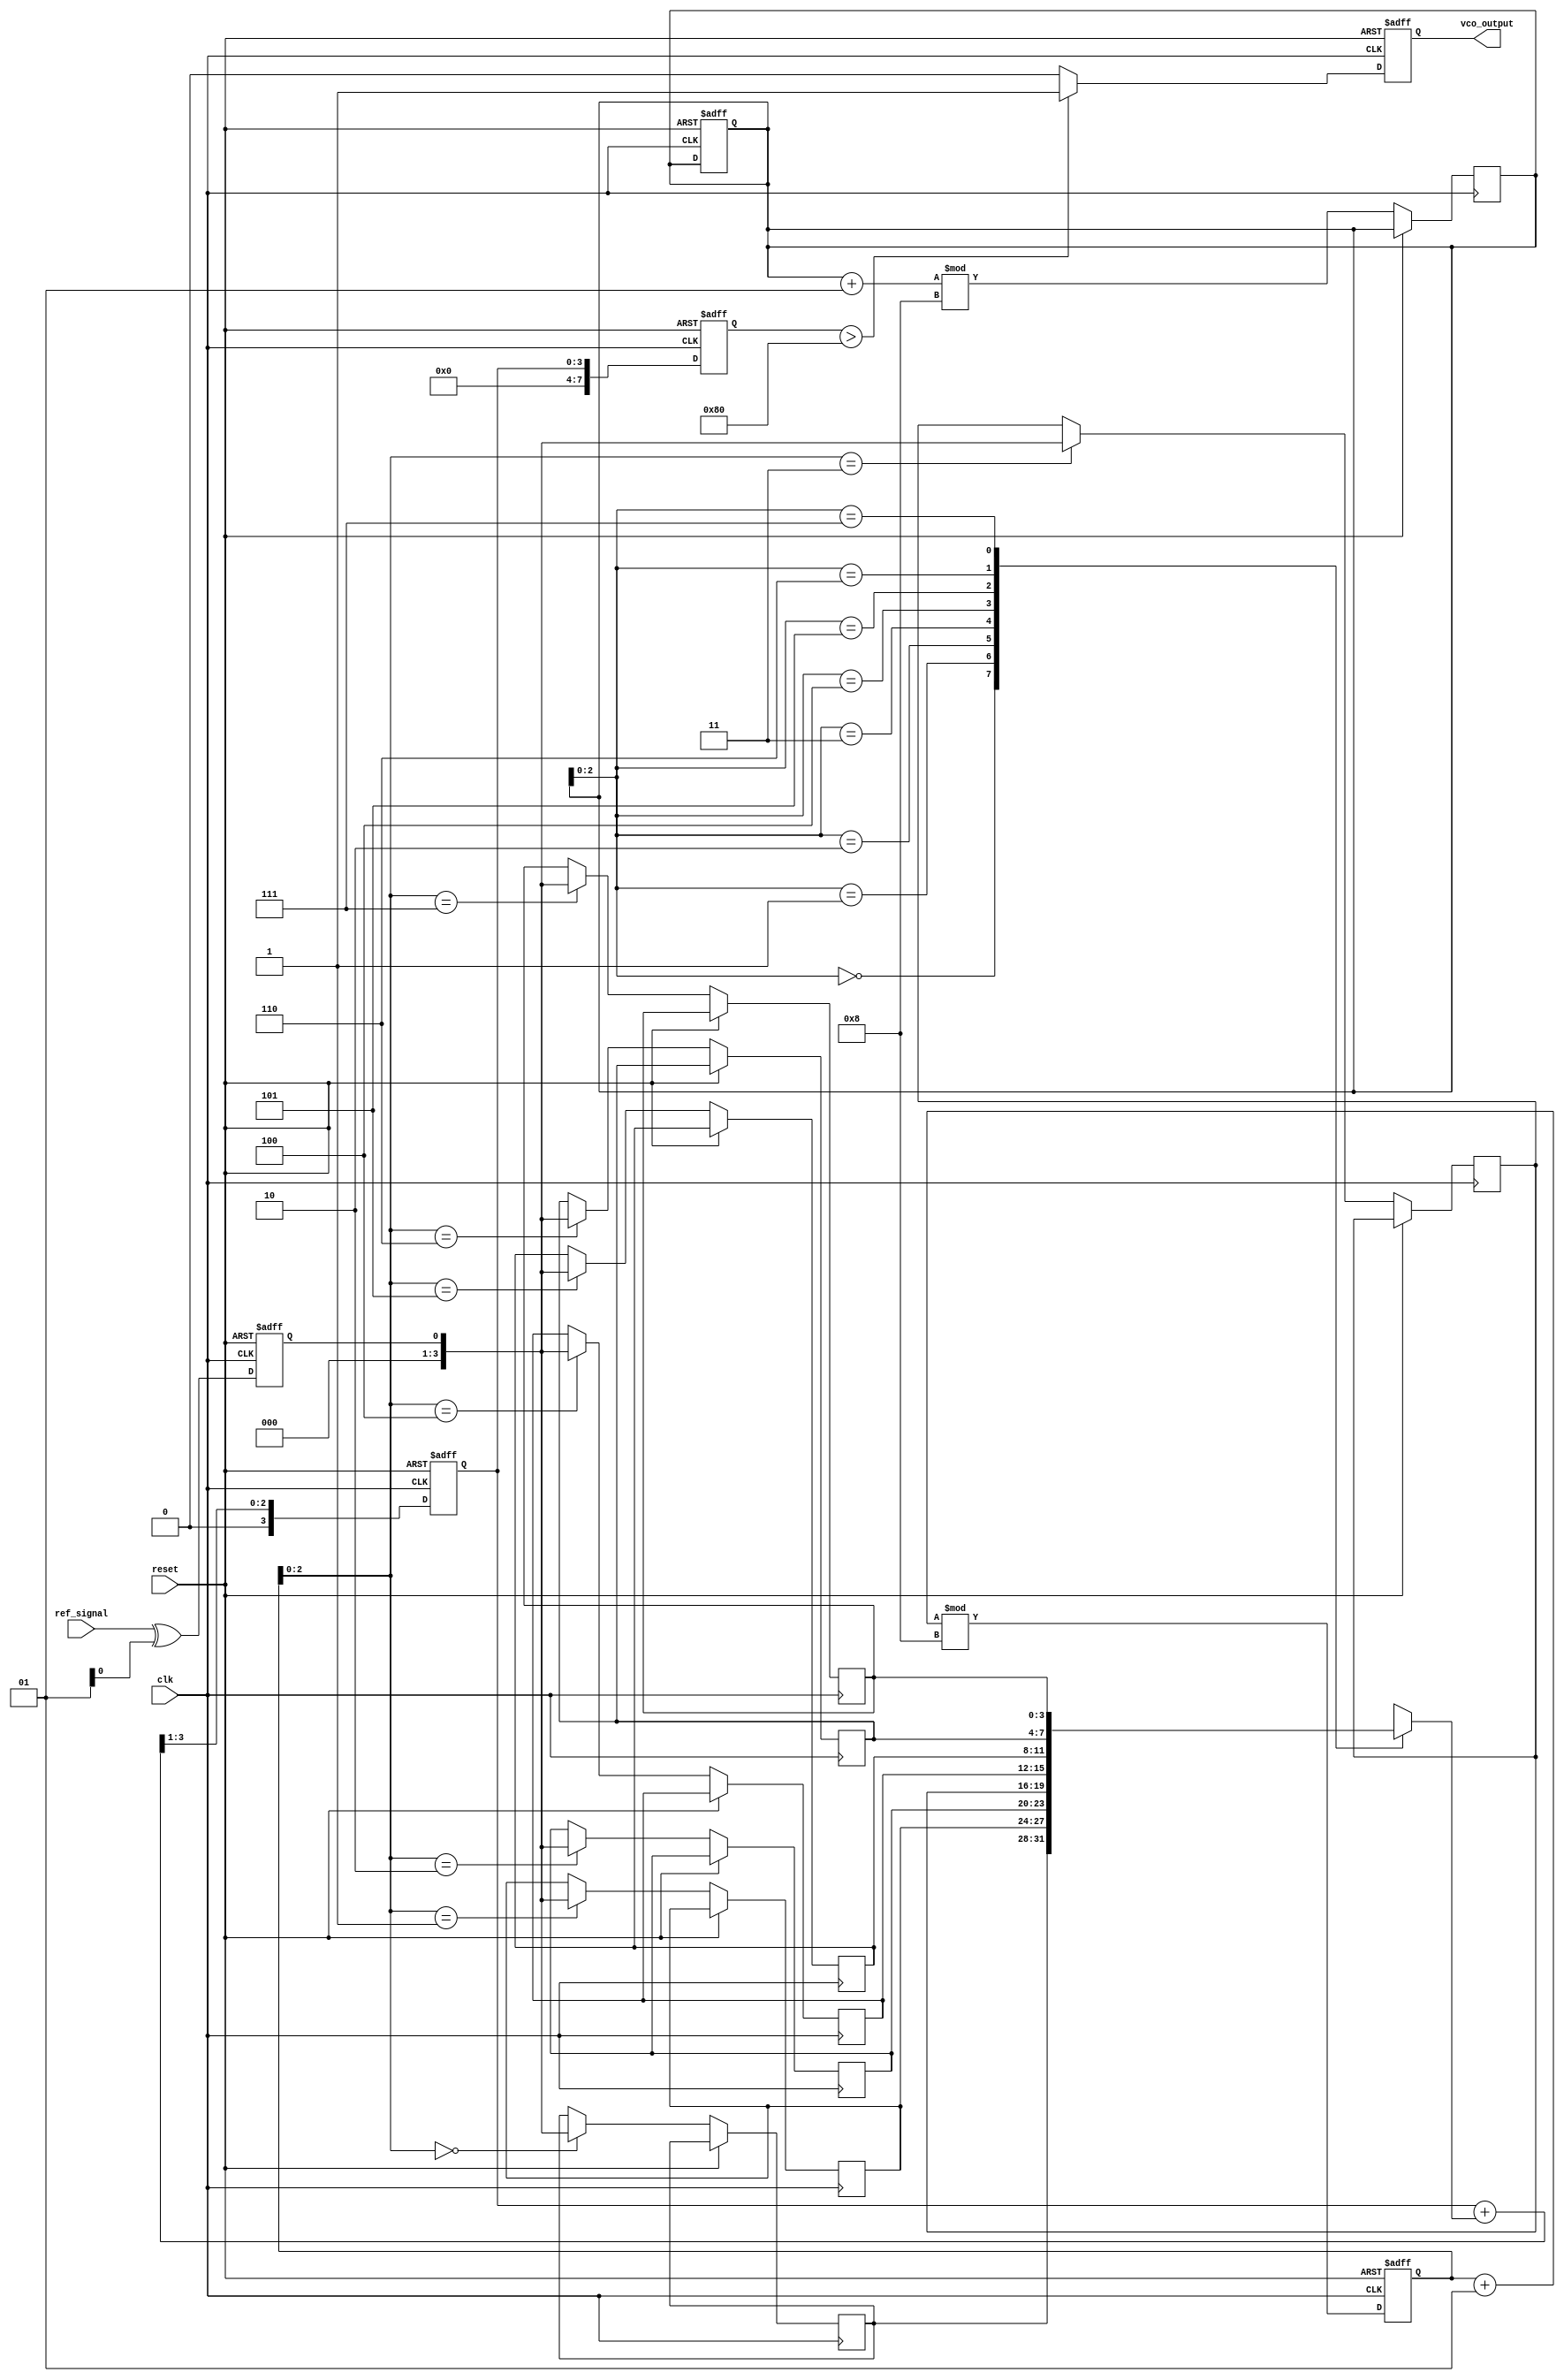
module MemoryBlocksPLL(
    input wire clk,             // Main clock
    input wire reset,           // Reset signal
    input wire ref_signal,      // Reference signal
    output reg vco_output       // Output signal from VCO
);

// Phase Detector
reg phase_error;              // Phase error signal from PD
reg feedback_signal;          // Feedback signal from VCO

always @(posedge clk or posedge reset) begin
    if (reset) begin
        phase_error <= 0;
    end else begin
        // Simple phase detector logic (XOR for demonstration)
        phase_error <= ref_signal ^ feedback_signal; // Phase error calculation
    end
end

// Memory Block (simple FIFO implementation)
parameter MEM_SIZE = 8;      // Size of memory block
reg [3:0] memory [0:MEM_SIZE-1]; // Memory array for phase error signals
integer write_ptr = 0;
integer read_ptr = 0;

always @(posedge clk or posedge reset) begin
    if (reset) begin
        write_ptr <= 0;
        read_ptr <= 0;
    end else begin
        // Store phase error in memory
        memory[write_ptr] <= phase_error;
        write_ptr <= (write_ptr + 1) % MEM_SIZE; // Circular buffer behavior
    end
end

// Loop Filter
reg [3:0] filtered_error;     // Filtered phase error signal
always @(posedge clk or posedge reset) begin
    if (reset) begin
        filtered_error <= 0;
    end else begin
        // Simple moving average filter example
        filtered_error <= (filtered_error + memory[read_ptr]) >> 1; // Average with current memory value
        read_ptr <= (read_ptr + 1) % MEM_SIZE; // Read next memory location
    end
end

// Voltage-Controlled Oscillator (VCO)
reg [7:0] vco_control_voltage; // Control voltage for VCO
always @(posedge clk or posedge reset) begin
    if (reset) begin
        vco_control_voltage <= 0;
        vco_output <= 0;
    end else begin
        // Update control voltage based on filtered error
        vco_control_voltage <= filtered_error; // Simplified control voltage assignment
        // Generate output signal based on control voltage
        vco_output <= (vco_control_voltage > 128) ? 1 : 0; // Simple output logic
    end
end

endmodule